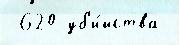
 620 уб'и́йства